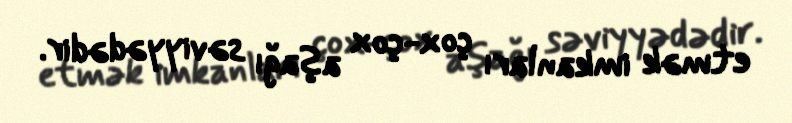
etmək imkanları çox-çox aşağı səviyyədədir.